Problem: 31 + 29 = ?
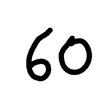
Handwritten answer: 60